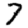
Digit: 7